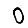
Digit: 0